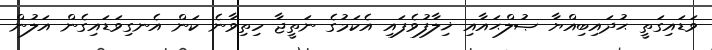
ވަޑައިގަތީ ޙުދައިބިއްޔާ ޞުލްޙައާއި ޚިލާފުވެފައި އެކަމުގެ ނަތީޖާ ހިތިވާނެ ކަން އެނގިވަޑައިގެން އަލުން